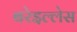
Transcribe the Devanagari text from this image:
बरेइल्लेस